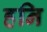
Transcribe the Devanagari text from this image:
हनि